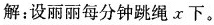
解；设丽丽每分钟跳绳 x 下。